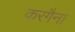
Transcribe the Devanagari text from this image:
करगैना